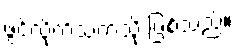
ဖွင့်လိုက်သကဲ့သို့ ဖြစ်သည်။